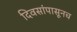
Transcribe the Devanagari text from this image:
दिवसांपासूनच